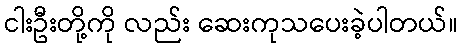
ငါးဦးတို့ကို လည်း ဆေးကုသပေးခဲ့ပါတယ်။